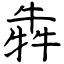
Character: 犇